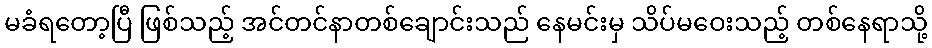
မခံရတော့ပြီ ဖြစ်သည့် အင်တင်နာတစ်ချောင်းသည် နေမင်းမှ သိပ်မဝေးသည့် တစ်နေရာသို့